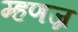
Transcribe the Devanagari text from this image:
म्हणज्र